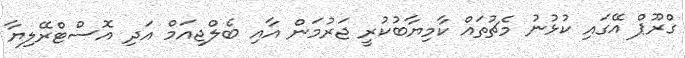
ގްރޫޕް އޭގައި ކުޅުނު މެޗުތައް ކާމިޔާބުކުރީ ޖަރުމަން އާއި ބެލްޖިއަމް އަދި އޮސްޓްރޭލިޔާ